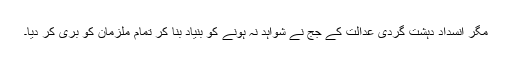
مگر انسداد دہشت گردی عدالت کے جج نے شواہد نہ ہونے کو بنیاد بنا کر تمام ملزمان کو بری کر دیا۔